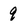
Character: 9